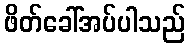
ဖိတ်ခေါ်အပ်ပါသည်